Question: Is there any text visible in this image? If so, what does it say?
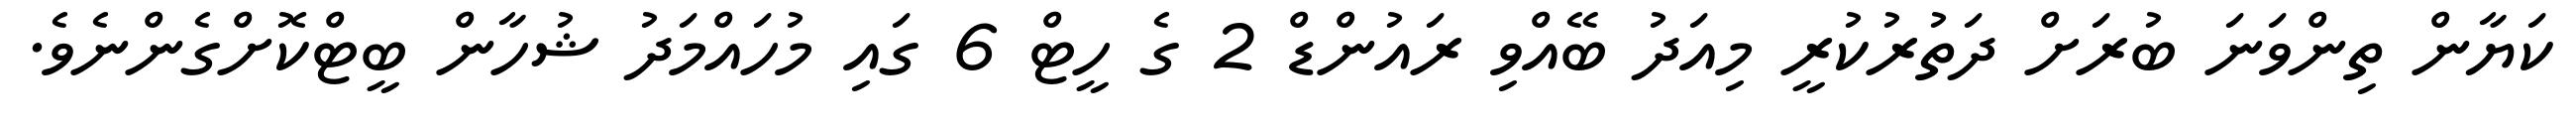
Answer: ކަޔާން ތިންވަނަ ބުރަށް ދަތުރުކުރީ މިއަދު ބޭއްވި ރައުންޑް 2 ގެ ހީޓް 6 ގައި މުހައްމަދު ޝުހާން ބީޓްކޮށްގެންނެވެ.